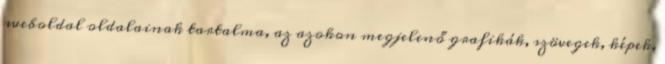
weboldal oldalainak tartalma, az azokon megjelenő grafikák, szövegek, képek,